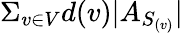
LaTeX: \Sigma_{v\in V}d(v)|A_{S_{(v)}}|